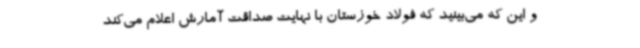
و این که می‌بینید که فولاد خوزستان با نهایت صداقت آمارش اعلام می‌کند